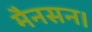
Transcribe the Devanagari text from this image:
मैनसन।